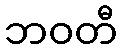
ဘဝတီ